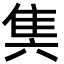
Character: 䧶